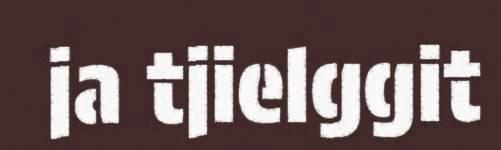
ja tjielggit